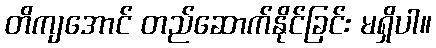
တိကျအောင် တည်ဆောက်နိုင်ခြင်း မရှိပါ။